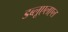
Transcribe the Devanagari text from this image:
डब्लूएलएल